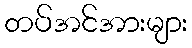
တပ်အင်အားများ